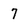
Character: 7